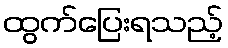
ထွက်ပြေးရသည့်